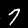
Digit: 7